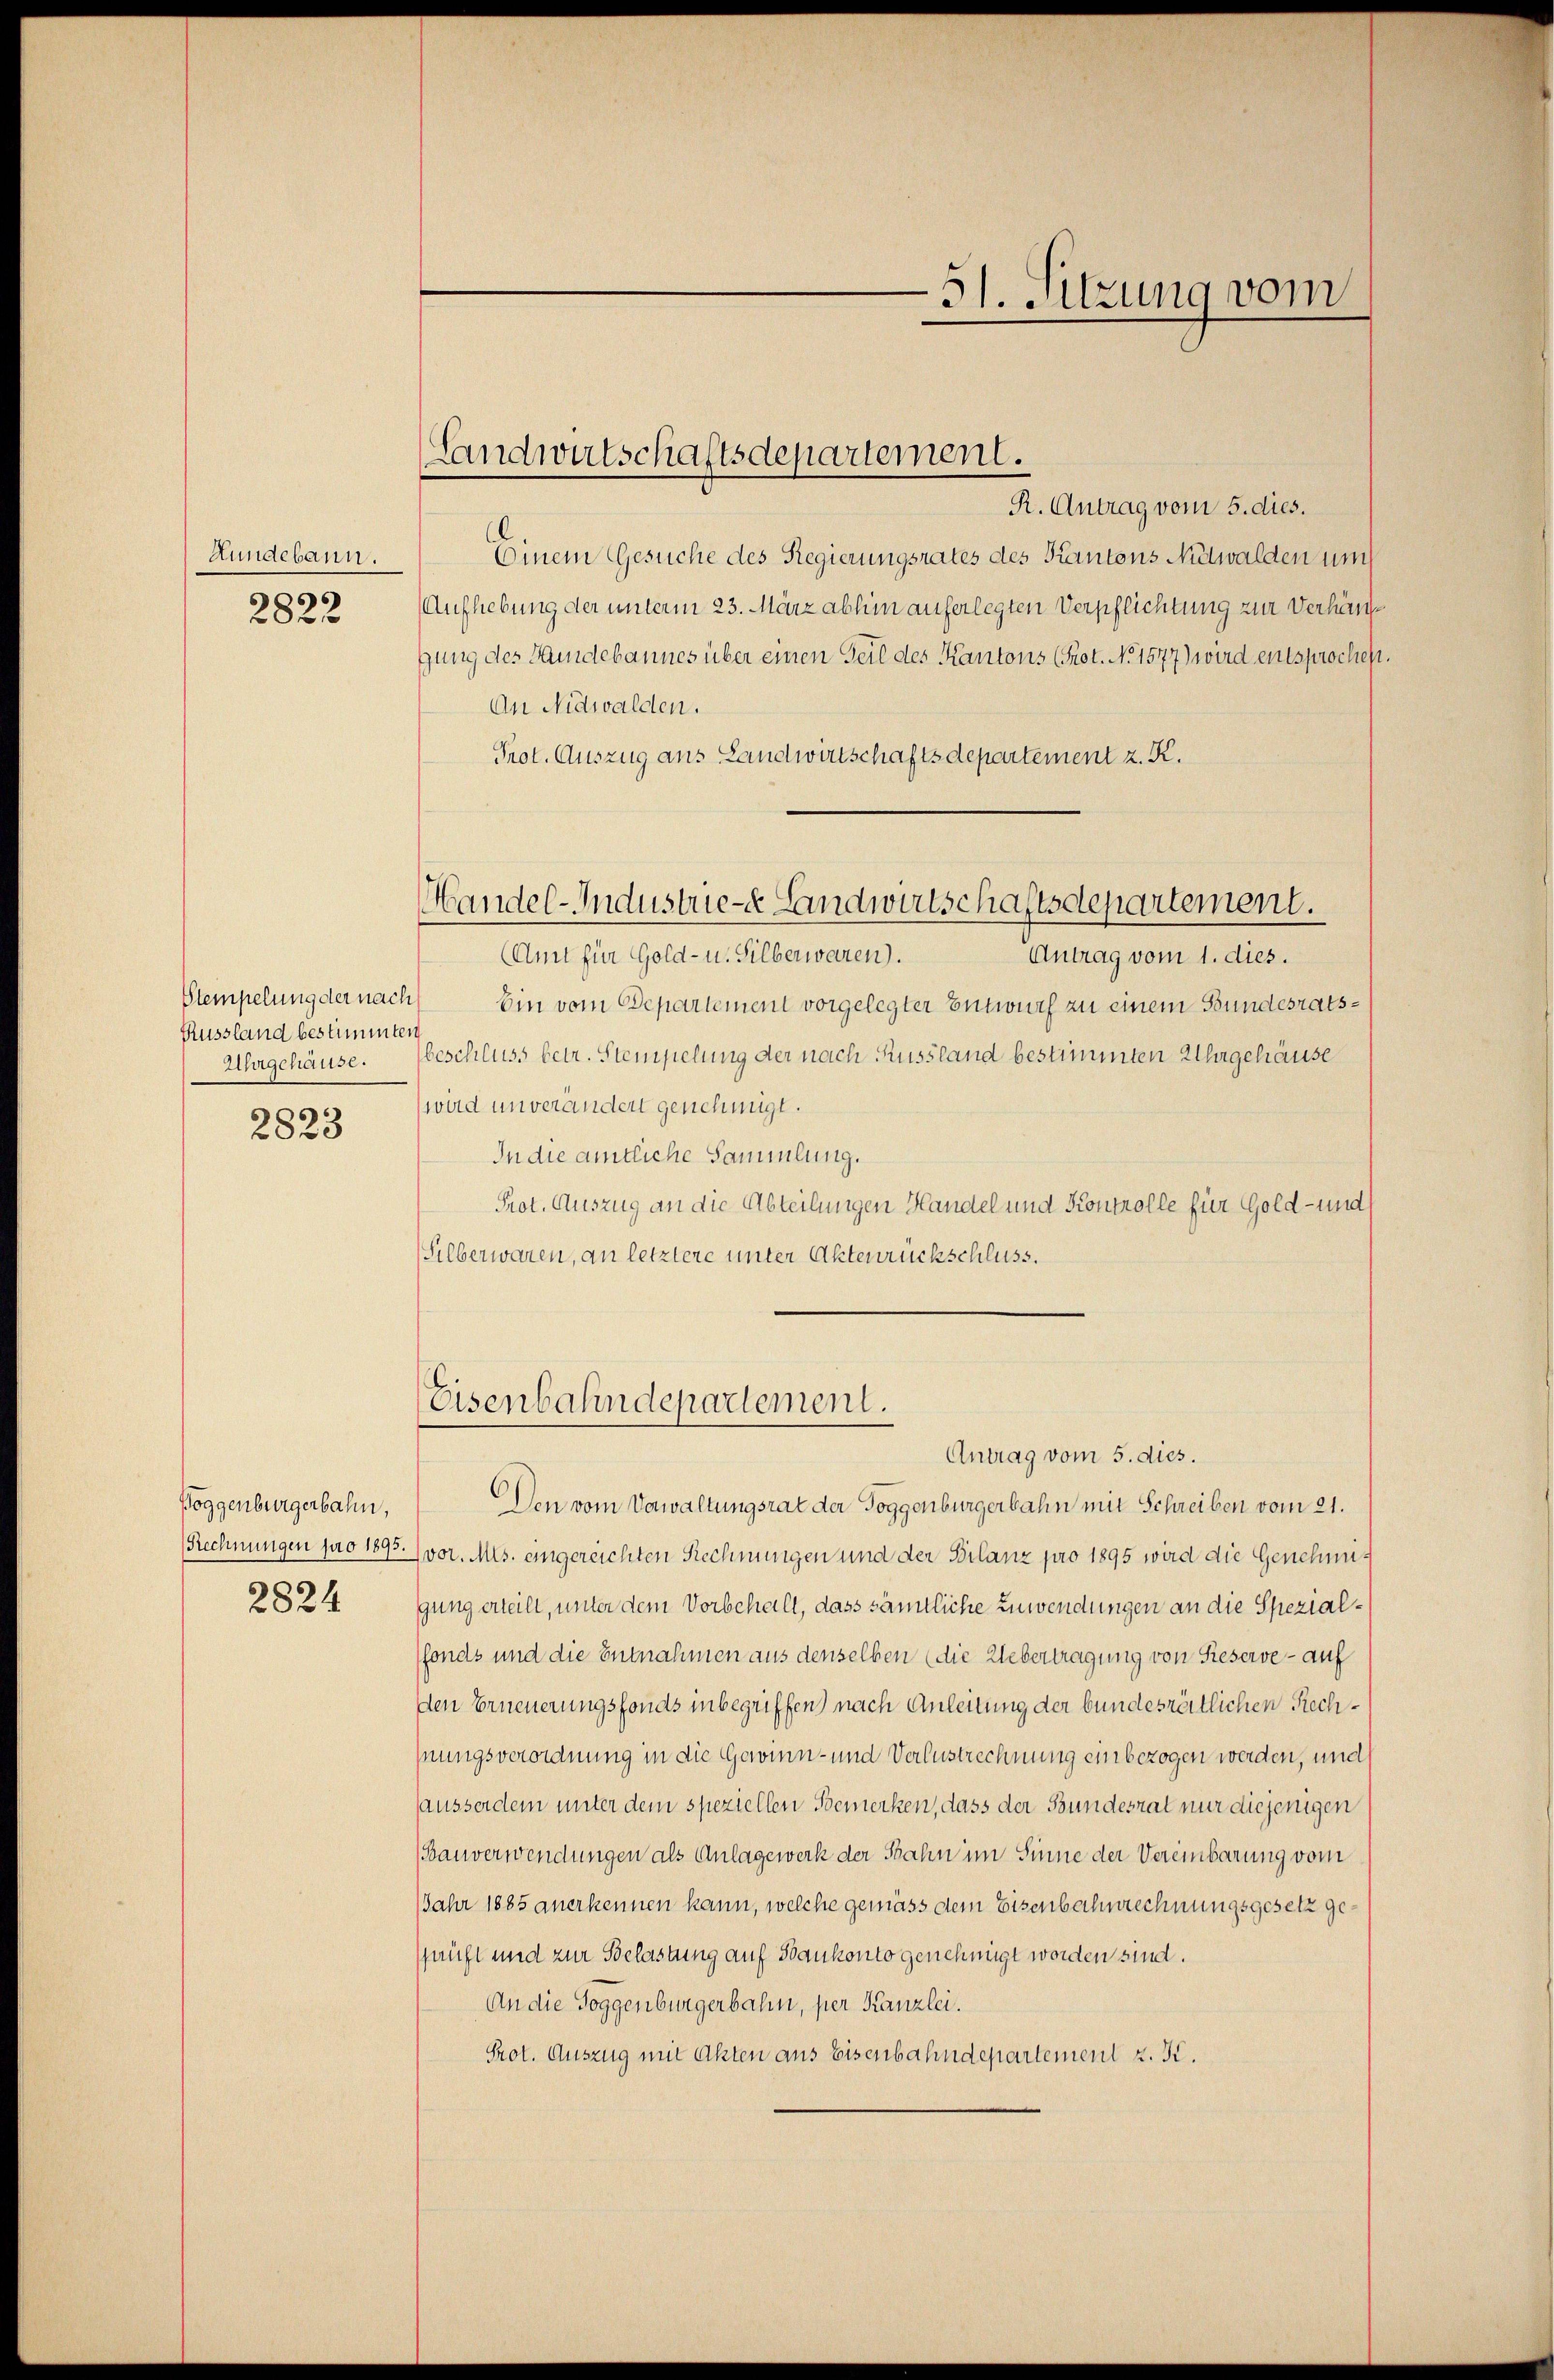
Hundebann.

2822

Stempelung der nach
Russland bestimmten
Uhrgehäuse.

2823

Poggenburgerbahn,

2824

Antrag vom 5. dies.
Den vom Vorwaltungsrat der Toggenburgerbahn mit Schreiben vom 21.
(Rechnungen pro 1893.) vor. Mts. eingereichten Rechnungen und der Bilanz pro 1895 wird die Genehmigung erteilt, unter dem Vorbehalt, dass sämtliche Zuwendungen an die Spezialffonds und die Entnahmen aus denselben (die Uebertragung von Rieserve - auf
den Erneuerungsfonds inbegriffen) nach Anleitung der bundesrätlichen Rechhungsverordnung in die Gewinn- und Verlustrechnung einbezogen werden, und
sausserdem unter dem speziellen Bemerken, dass der Bundesrat nur diejenigen
Bauverwendungen als Anlagewerk der Spahn im Sinne der Vereinbarung vom
Jahr 1885 anerkennen kann, welche gemäss dem Eisenbahnrechnungsgesetz geprüft und zur Belastung auf Bankonto genehmigt worden sind.
An die Toggenburgerbahn, per Kanzlei.
Prot. Auszug mit Akten aus Eisenbahndepartement z. K.

Landwirtschaftsdepartement.

Handel-Industrie- Landwirtschaftsdepartement.

Eisenbahndepartement.

51. Sitzung vom

R. Antrag vom 5. dies.
Einem Gesuche des Regierungsrates des Kantons Nidwalden un
Aufhebung der unterm 23. März abhin auferlegten Verpflichtung zur Verhängung des Hundebannes über einen Teil des Kantons (Prot. No. 1577) wird entsprochen
An Nidwalden.
Prot. Auszug aus Landwirtschaftsdepartement z. K.
(Amt für Gold- u. Silberwaren.
Antrag vom 1. dies.
 Ein vom Departement vorgelegter Entwurf zu einem Bundesratsbeschluss betr. Stempelung der nach Russland bestimmten Uhrgehäuse
wird unverändert genehmigt.
In die amtliche Sammlung.
Prot. Auszug an die Abteilungen Handel und Kontrolle für Gold- und
Silberwaren, an letztere unter Aktenrückschluss.